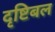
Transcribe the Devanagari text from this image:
दृष्टिबल